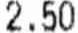
2.50